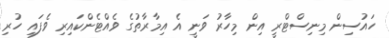
ހައުސިން މިނިސްޓްރީ އިން މިހާރު ވަނީ އެ އިމާރާތުގެ ވެއްޓެންކައިރި ވެފައި ހުރި